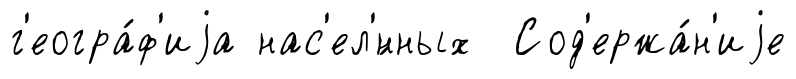
г'еогра́ф'иjа нас'ел'́нных Сод'ержа́н'иjе